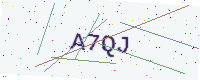
Text: A7QJ